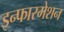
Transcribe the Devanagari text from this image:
इन्फारमेशन